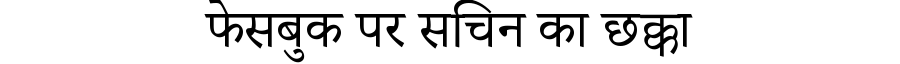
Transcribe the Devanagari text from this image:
फेसबुक पर सचिन का छक्का